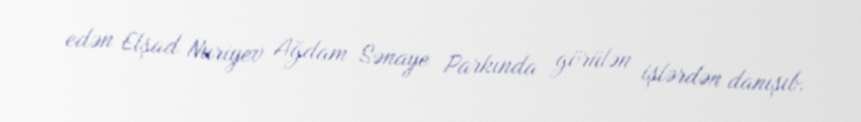
edən Elşad Nuriyev Ağdam Sənaye Parkında görülən işlərdən danışıb.